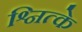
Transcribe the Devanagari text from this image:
श्नित्के